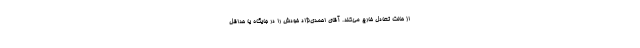
از حالت تعادل خارج می‌کند. آقای احمدی‌نژاد خودش را در جایگاه یا حداقل